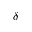
\delta